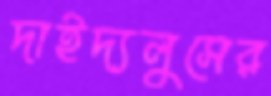
দাইদ্যলুসের